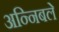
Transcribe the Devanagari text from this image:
अन्निबले